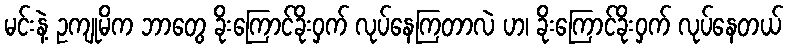
မင်းနဲ့ ဥကျုမိက ဘာတွေ ခိုးကြောင်ခိုးဝှက် လုပ်နေကြတာလဲ ဟ၊ ခိုးကြောင်ခိုးဝှက် လုပ်နေတယ်